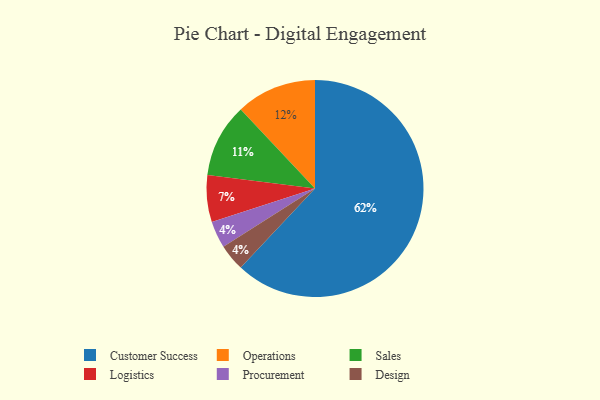
{"axis": {"x": "Category", "y": "Percentage"}, "legend": ["Customer Success", "Design", "Logistics", "Operations", "Procurement", "Sales"], "data": [{"x": "Procurement", "y": 4, "type": "Procurement"}, {"x": "Design", "y": 4, "type": "Design"}, {"x": "Sales", "y": 11, "type": "Sales"}, {"x": "Operations", "y": 12, "type": "Operations"}, {"x": "Customer Success", "y": 62, "type": "Customer Success"}, {"x": "Logistics", "y": 7, "type": "Logistics"}]}